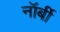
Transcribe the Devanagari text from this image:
नॉर्बी